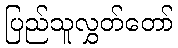
ပြည်သူလွှတ်တော်